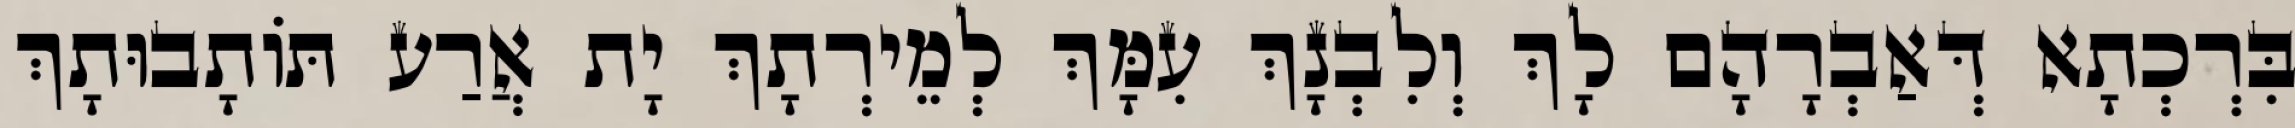
בִּרְכְתָא דְּאַבְרָהָם לָךְ וְלִבְנָךְ עִמָּךְ לְמֵירְתָךְ יָת אֲרַע תּוֹתָבוּתָךְ